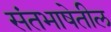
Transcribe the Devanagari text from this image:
संतभाषेतील